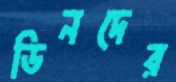
ডিনদের